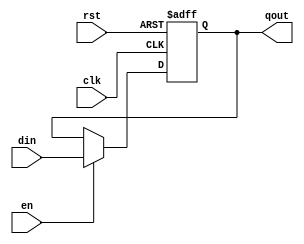
/*--  *******************************************************
--  Computer Architecture Course, Laboratory Sources 
--  Amirkabir University of Technology (Tehran Polytechnic)
--  Department of Computer Engineering (CE-AUT)
--  https://ce[dot]aut[dot]ac[dot]ir
--  *******************************************************
--  All Rights reserved (C) 2019-2020
--  *******************************************************
--  Student ID  : 
--  Student Name: 
--  Student Mail: 
--  *******************************************************
--  Additional Comments:
--
--*/

/*-----------------------------------------------------------
---  Module Name: Register 4 bit
---  Description: Lab 10 Part 1
-----------------------------------------------------------*/
`timescale 1 ns/1 ns

module register (
	input        rst ,
	input        clk ,
	input        en ,
	input [3:0] din ,
	output reg [3:0] qout
);
	always @(posedge rst or posedge clk)
		if(rst)
			qout = 4'b0000;
		else if(en)
			qout = din;
			
endmodule